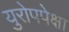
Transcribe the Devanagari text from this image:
युरोपपेक्षा